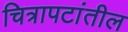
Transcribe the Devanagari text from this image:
चित्रापटांतील